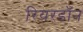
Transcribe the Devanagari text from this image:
रियरडॉन